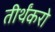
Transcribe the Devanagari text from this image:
तीर्थंकरो